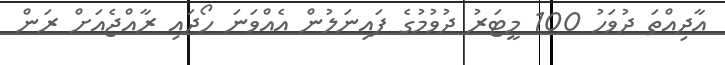
އާދިއްތަ ދުވަހު 100 މީޓަރު ދުވުމުގެ ފައިނަލުން އެއްވަަނަ ހޯދައި ރާއްޖެއަށް ރަން